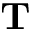
\textbf { T }